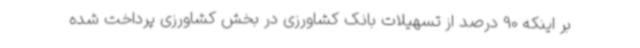
بر اینکه 90 درصد از تسهیلات بانک کشاورزی در بخش کشاورزی پرداخت شده